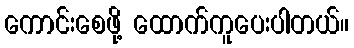
ကောင်းစေဖို့ ထောက်ကူပေးပါတယ်။